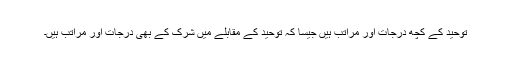
توحید کے کچھ درجات اور مراتب ہیں جیسا کہ توحید کے مقابلے میں شرک کے بھی درجات اور مراتب ہیں۔